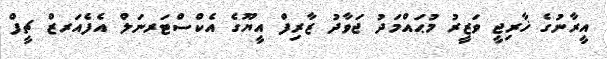
އީރާނުގެ ޚާރިޖީ ވަޒީރު މުޙައްމަދު ޖަވާދު ޒާރިފް އީޔޫގެ އެކްސްޓަރނަލް އެފެއަރޒް ޗީފް